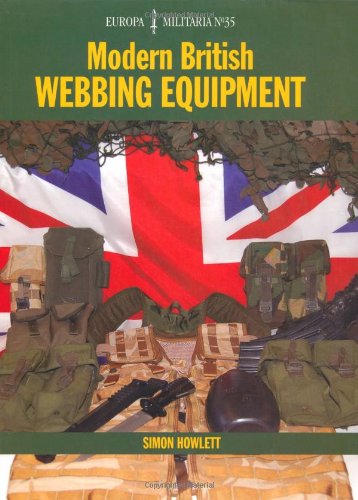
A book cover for Modern British Webbing Equipment (Europa Militaria); Simon Howlett; History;